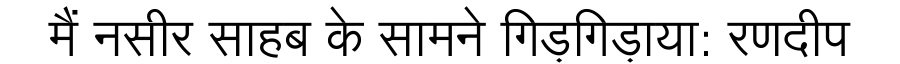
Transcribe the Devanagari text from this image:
मैं नसीर साहब के सामने गिड़गिड़ाया: रणदीप